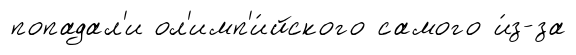
попадал'и ол'имп'и́йского самого и́з-за